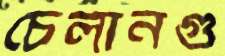
চেলানগু